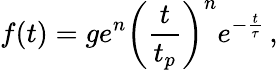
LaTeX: f(t)=ge^{n}\left(\frac{t}{t_{p}}\right)^{n}e^{-\frac{t}{\tau}}\, ,